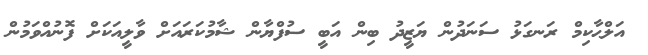
އަލްޙާކިމް ރަނގަޅު ސަނަދުން ޔަޒީދު ބިން އަބީ ސުފްޔާން ޝާމުކަރައަށް ވާލީއަކަށް ފޮނުއްވަމުން